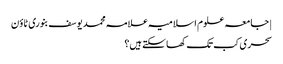
| جامعہ علوم اسلامیہ علامہ محمد یوسف بنوری ٹاؤن
سحری کب تک کھا سکتے ہیں؟